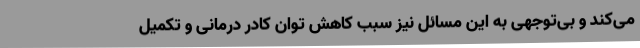
می‌کند و بی‌توجهی به این مسائل نیز سبب کاهش توان کادر درمانی و تکمیل